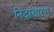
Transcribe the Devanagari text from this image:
निद्राचारण